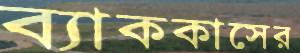
ব্যাককাসের